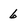
Character: 6